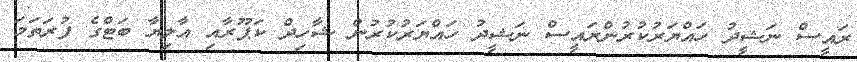
ރައީސް ނަޝީދު ހައްޔަރުކުރުންރައީސް ނަޝީދު ހައްޔަރުކުރުން ޝާހިދް ކަޕޫރާއި އާލިޔާ ބަޓްގެ ފުރަތަމަ